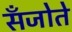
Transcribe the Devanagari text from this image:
सँजोते